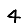
Digit: 4